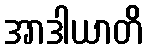
အာဒါယာတိ